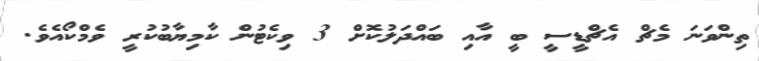
ތިންވަނަ މެޗް އެޗްޑީސީ ބީ އާއި ބައްދަލުކޮށް 3 ވިކެޓުން ކާމިޔާބުކުރީ ވެމްކޯއެވެ.